65_HS1-101634279_100-DE-18221_Serial_844
Agency: FBI
Incident date: 4/17/58
Incident location: Detroit, MI
Page 1
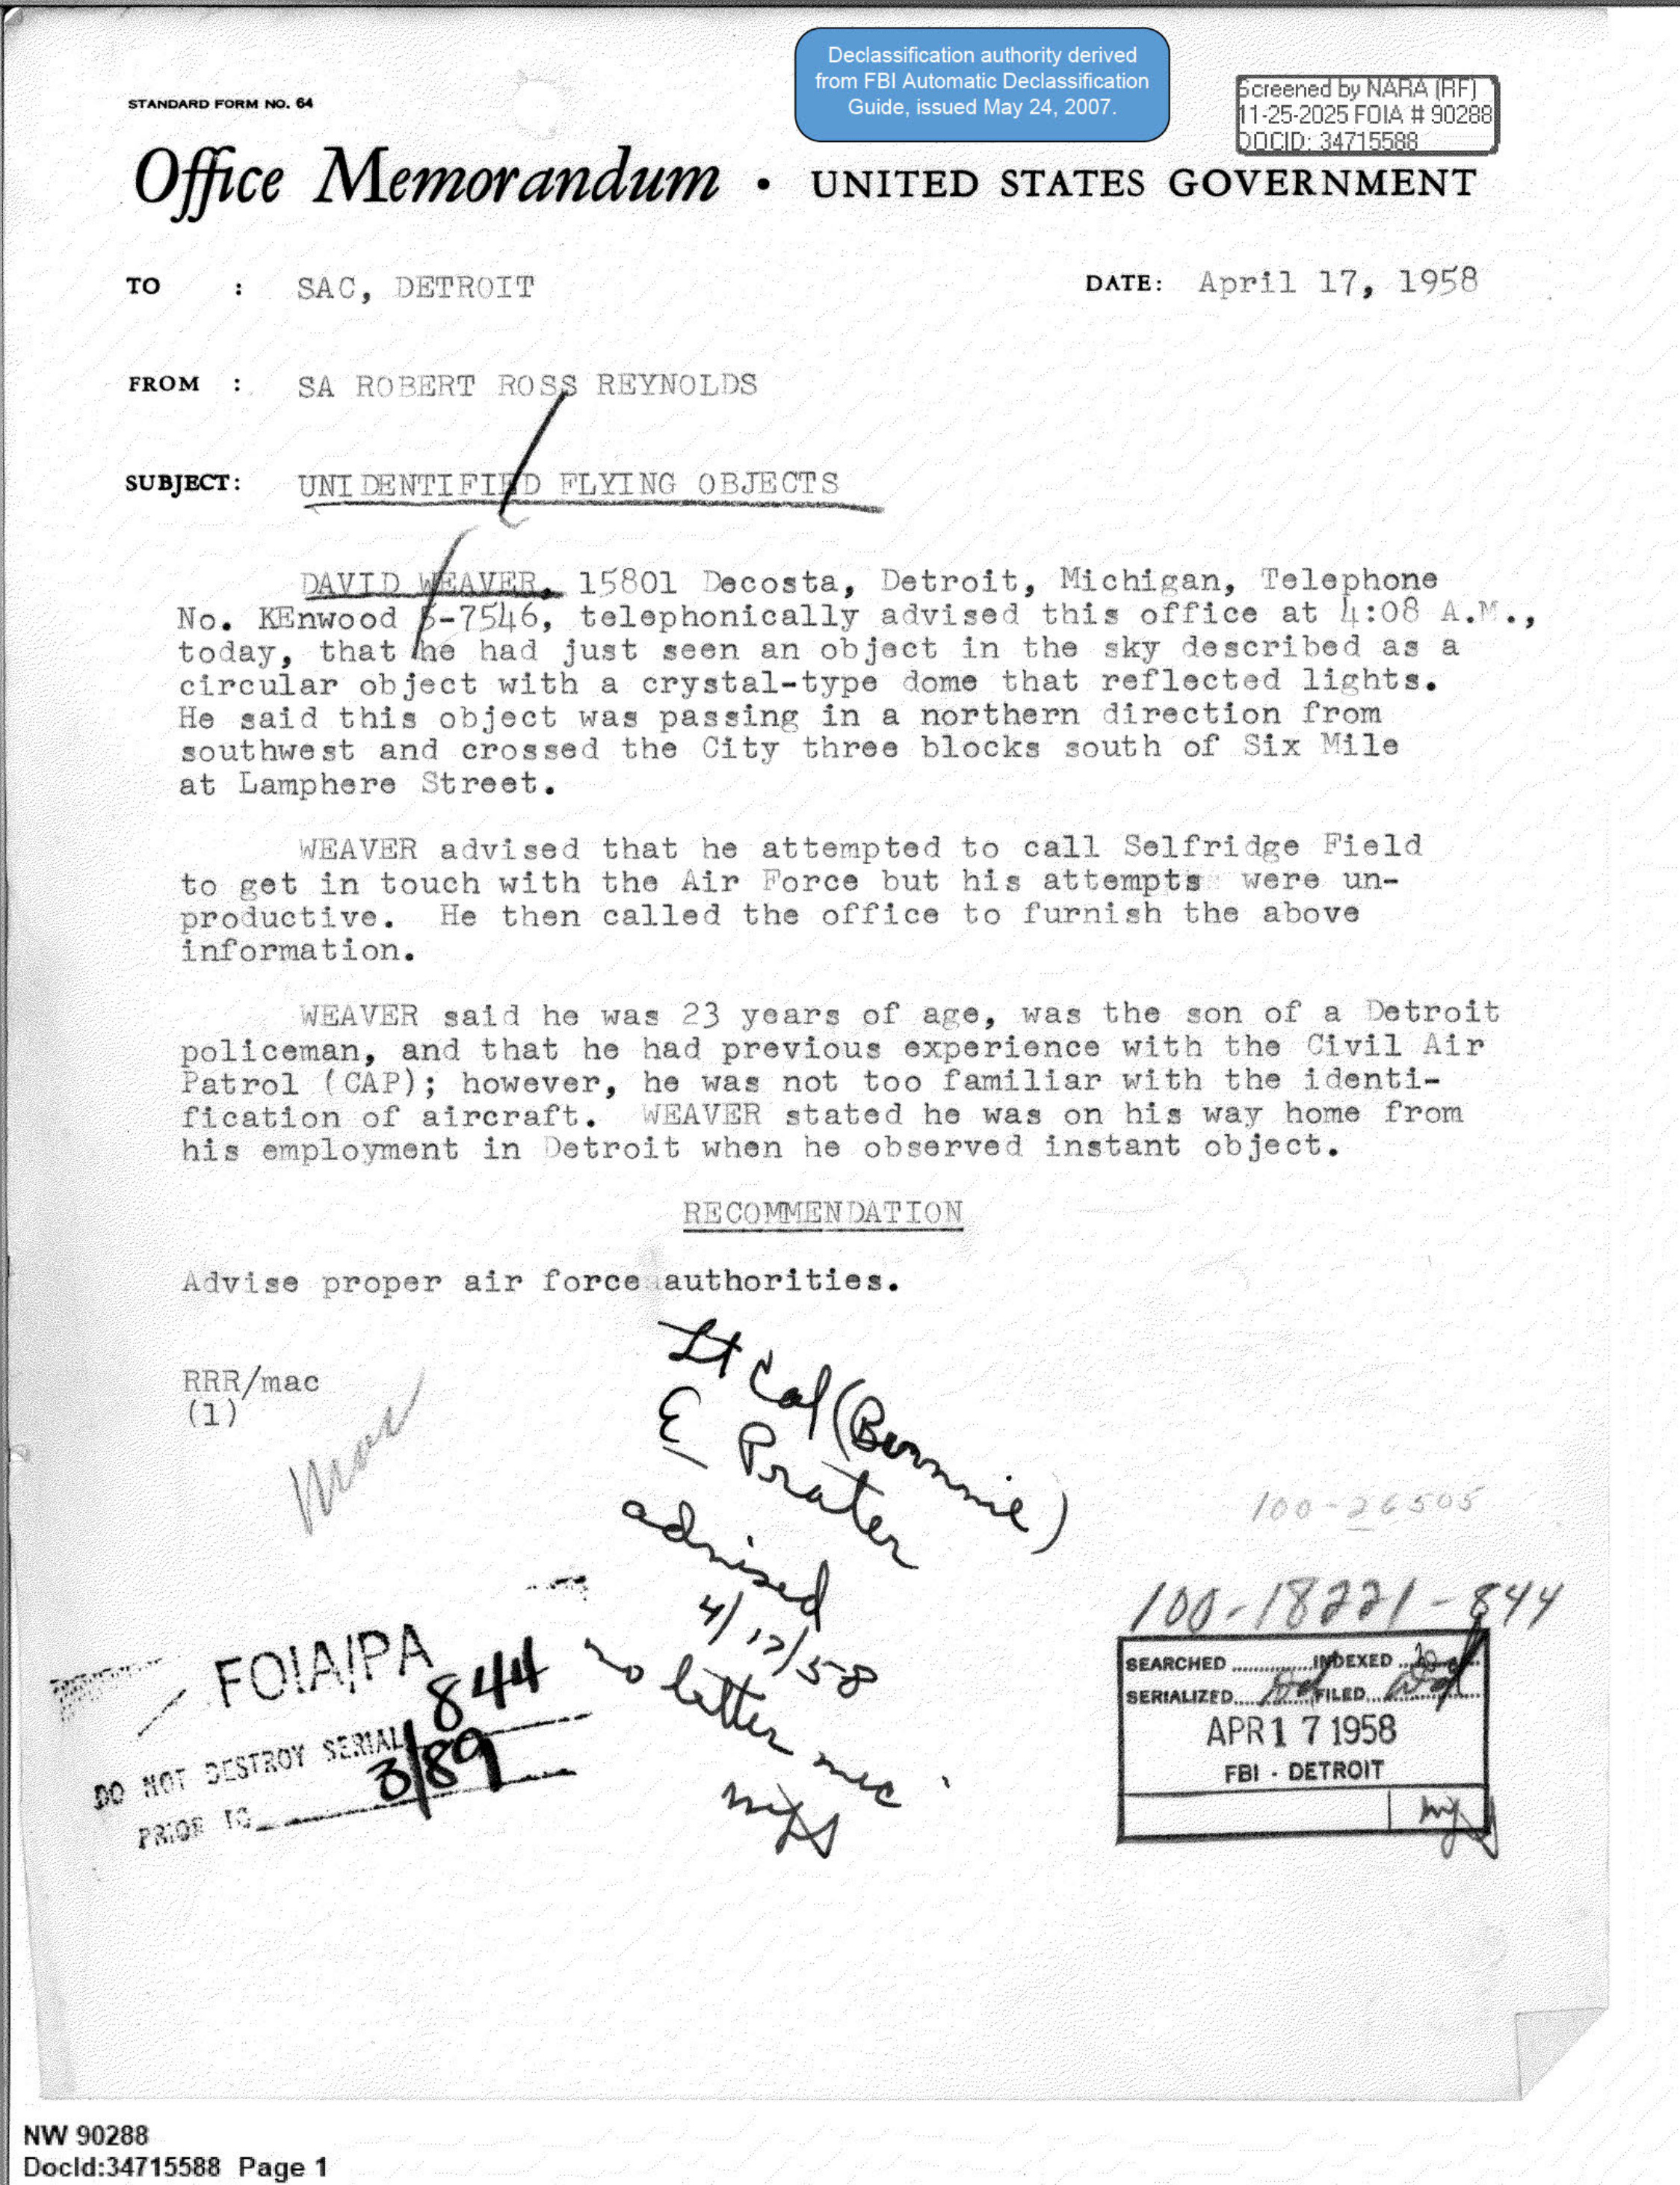